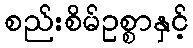
စည်းစိမ်ဥစ္စာနှင့်